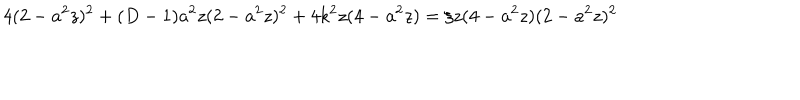
4 ( 2 - a ^ { 2 } z ) ^ { 2 } + ( D - 1 ) a ^ { 2 } z ( 2 - a ^ { 2 } z ) ^ { 2 } + 4 k ^ { 2 } z ( 4 - a ^ { 2 } z ) = \xi z ( 4 - a ^ { 2 } z ) ( 2 - a ^ { 2 } z ) ^ { 2 }